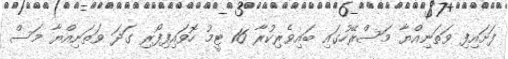
ފަށައިފި ވަތަނިއްޔާ މަސްރޭހުގައި ބައިވެރިކުރާ 16 ޓީމު ހޮވައިފިފޯރި ގަދަ ވަތަނިއްޔާ މަސް